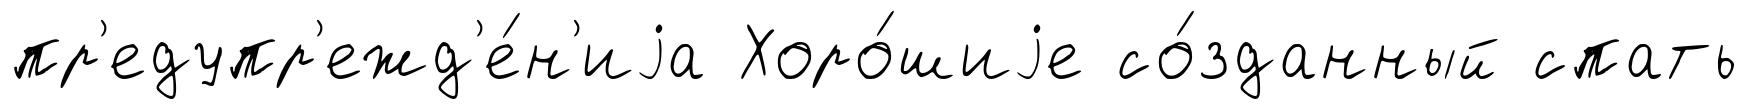
пр'едупр'ежд'е́н'иjа Хоро́шиjе со́зданный спать